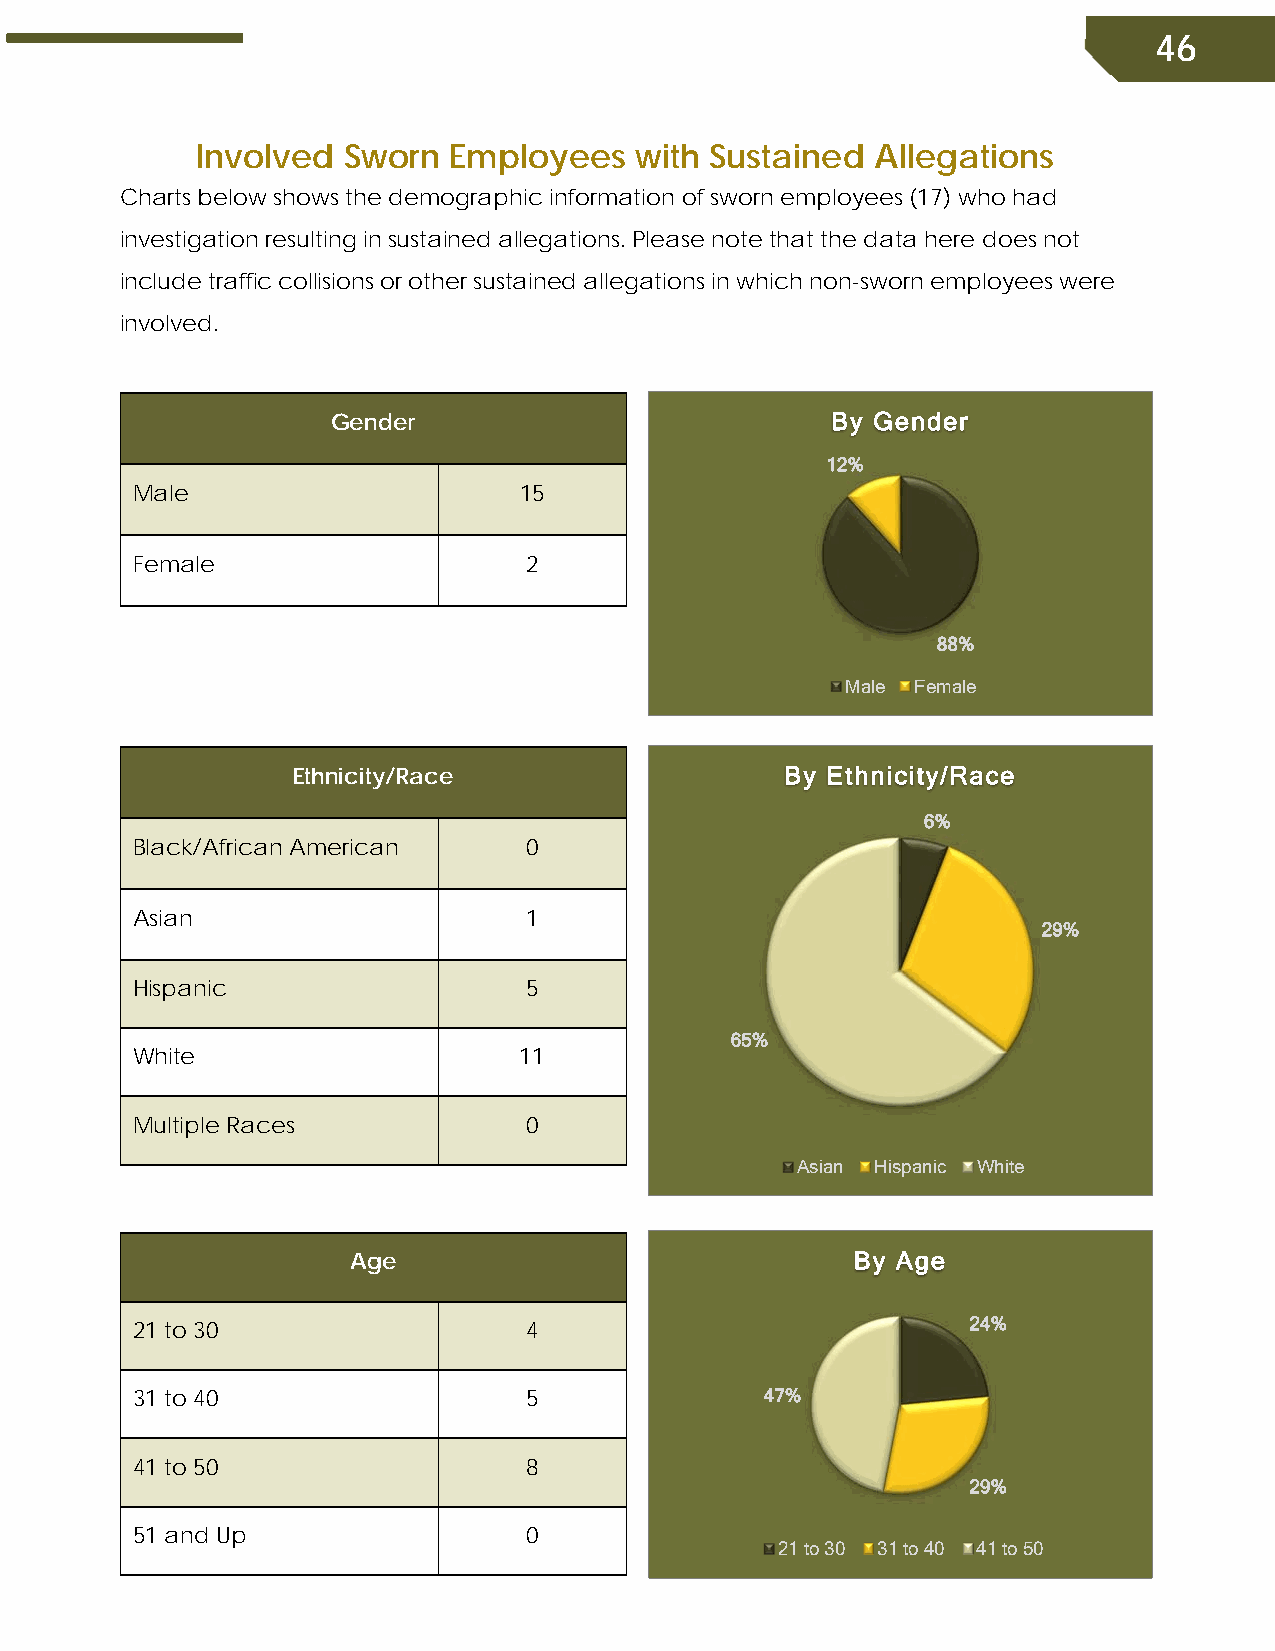
46
 Involved  Sworn  Employees   with Sustained  Allegations
 Charts below shows the demographic information of sworn employees (17) who had
 investigation resulting in sustained allegations. Please note that the data here does not
 include traffic collisions or other sustained allegations in which non-sworn employees were
 involved.
 Gender                           By Gender
 12%
 Male                     15
 Female                    2
 88%
 Male Female
 Ethnicity/Race                   By Ethnicity/Race
 6%
 Black/African American    0
 Asian                     1
 29%
 Hispanic                  5
 65%
 White                    11
 Multiple Races            0
 Asian Hispanic White
 Age                               By Age
 21 to 30                  4                            24%
 31 to 40                  5               47%
 41 to 50                  8
 29%
 51 and Up                 0
 21 to 30 31 to 40 41 to 50